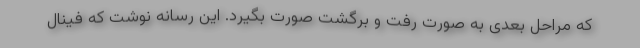
که مراحل بعدی به صورت رفت و برگشت صورت بگیرد. این رسانه نوشت که فینال